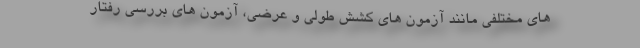
های مختلفی مانند آزمون های کشش طولی و عرضی، آزمون های بررسی رفتار